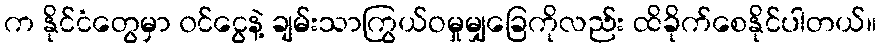
က နိုင်ငံတွေမှာ ၀င်ငွေနဲ့ ချမ်းသာကြွယ်ဝမှုမျှခြေကိုလည်း ထိခိုက်စေနိုင်ပါတယ်။